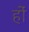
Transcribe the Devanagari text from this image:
हांे